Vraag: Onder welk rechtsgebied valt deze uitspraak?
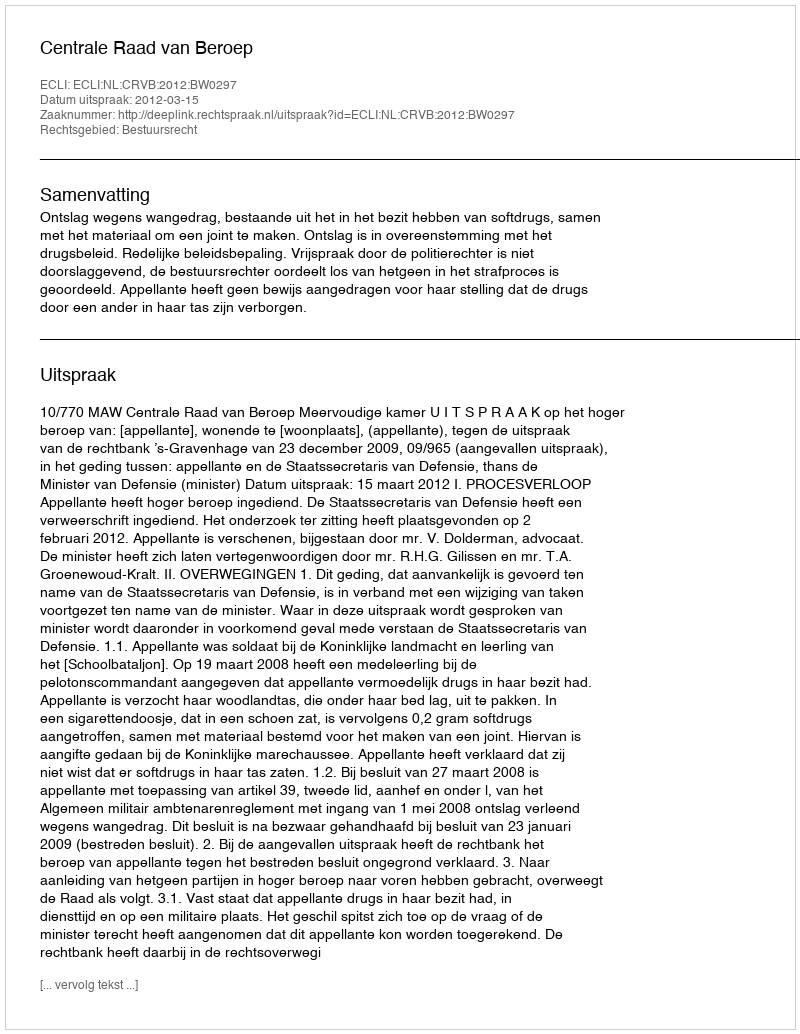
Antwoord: Bestuursrecht